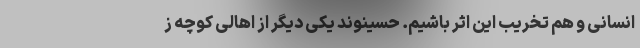
انسانی و هم تخریب این اثر باشیم. حسینوند یکی دیگر از اهالی کوچه ز